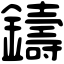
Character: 鑄